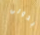
بدونى